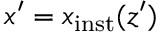
x ^ { \prime } = x _ { \mathrm { i n s t } } ( z ^ { \prime } )